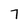
Character: 7